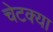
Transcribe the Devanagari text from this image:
चेटक्या